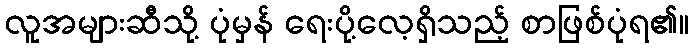
လူအများဆီသို့ ပုံမှန် ရေးပို့လေ့ရှိသည့် စာဖြစ်ပုံရ၏။